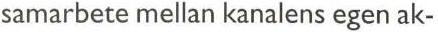
samarbete mellan kanalens egen ak-